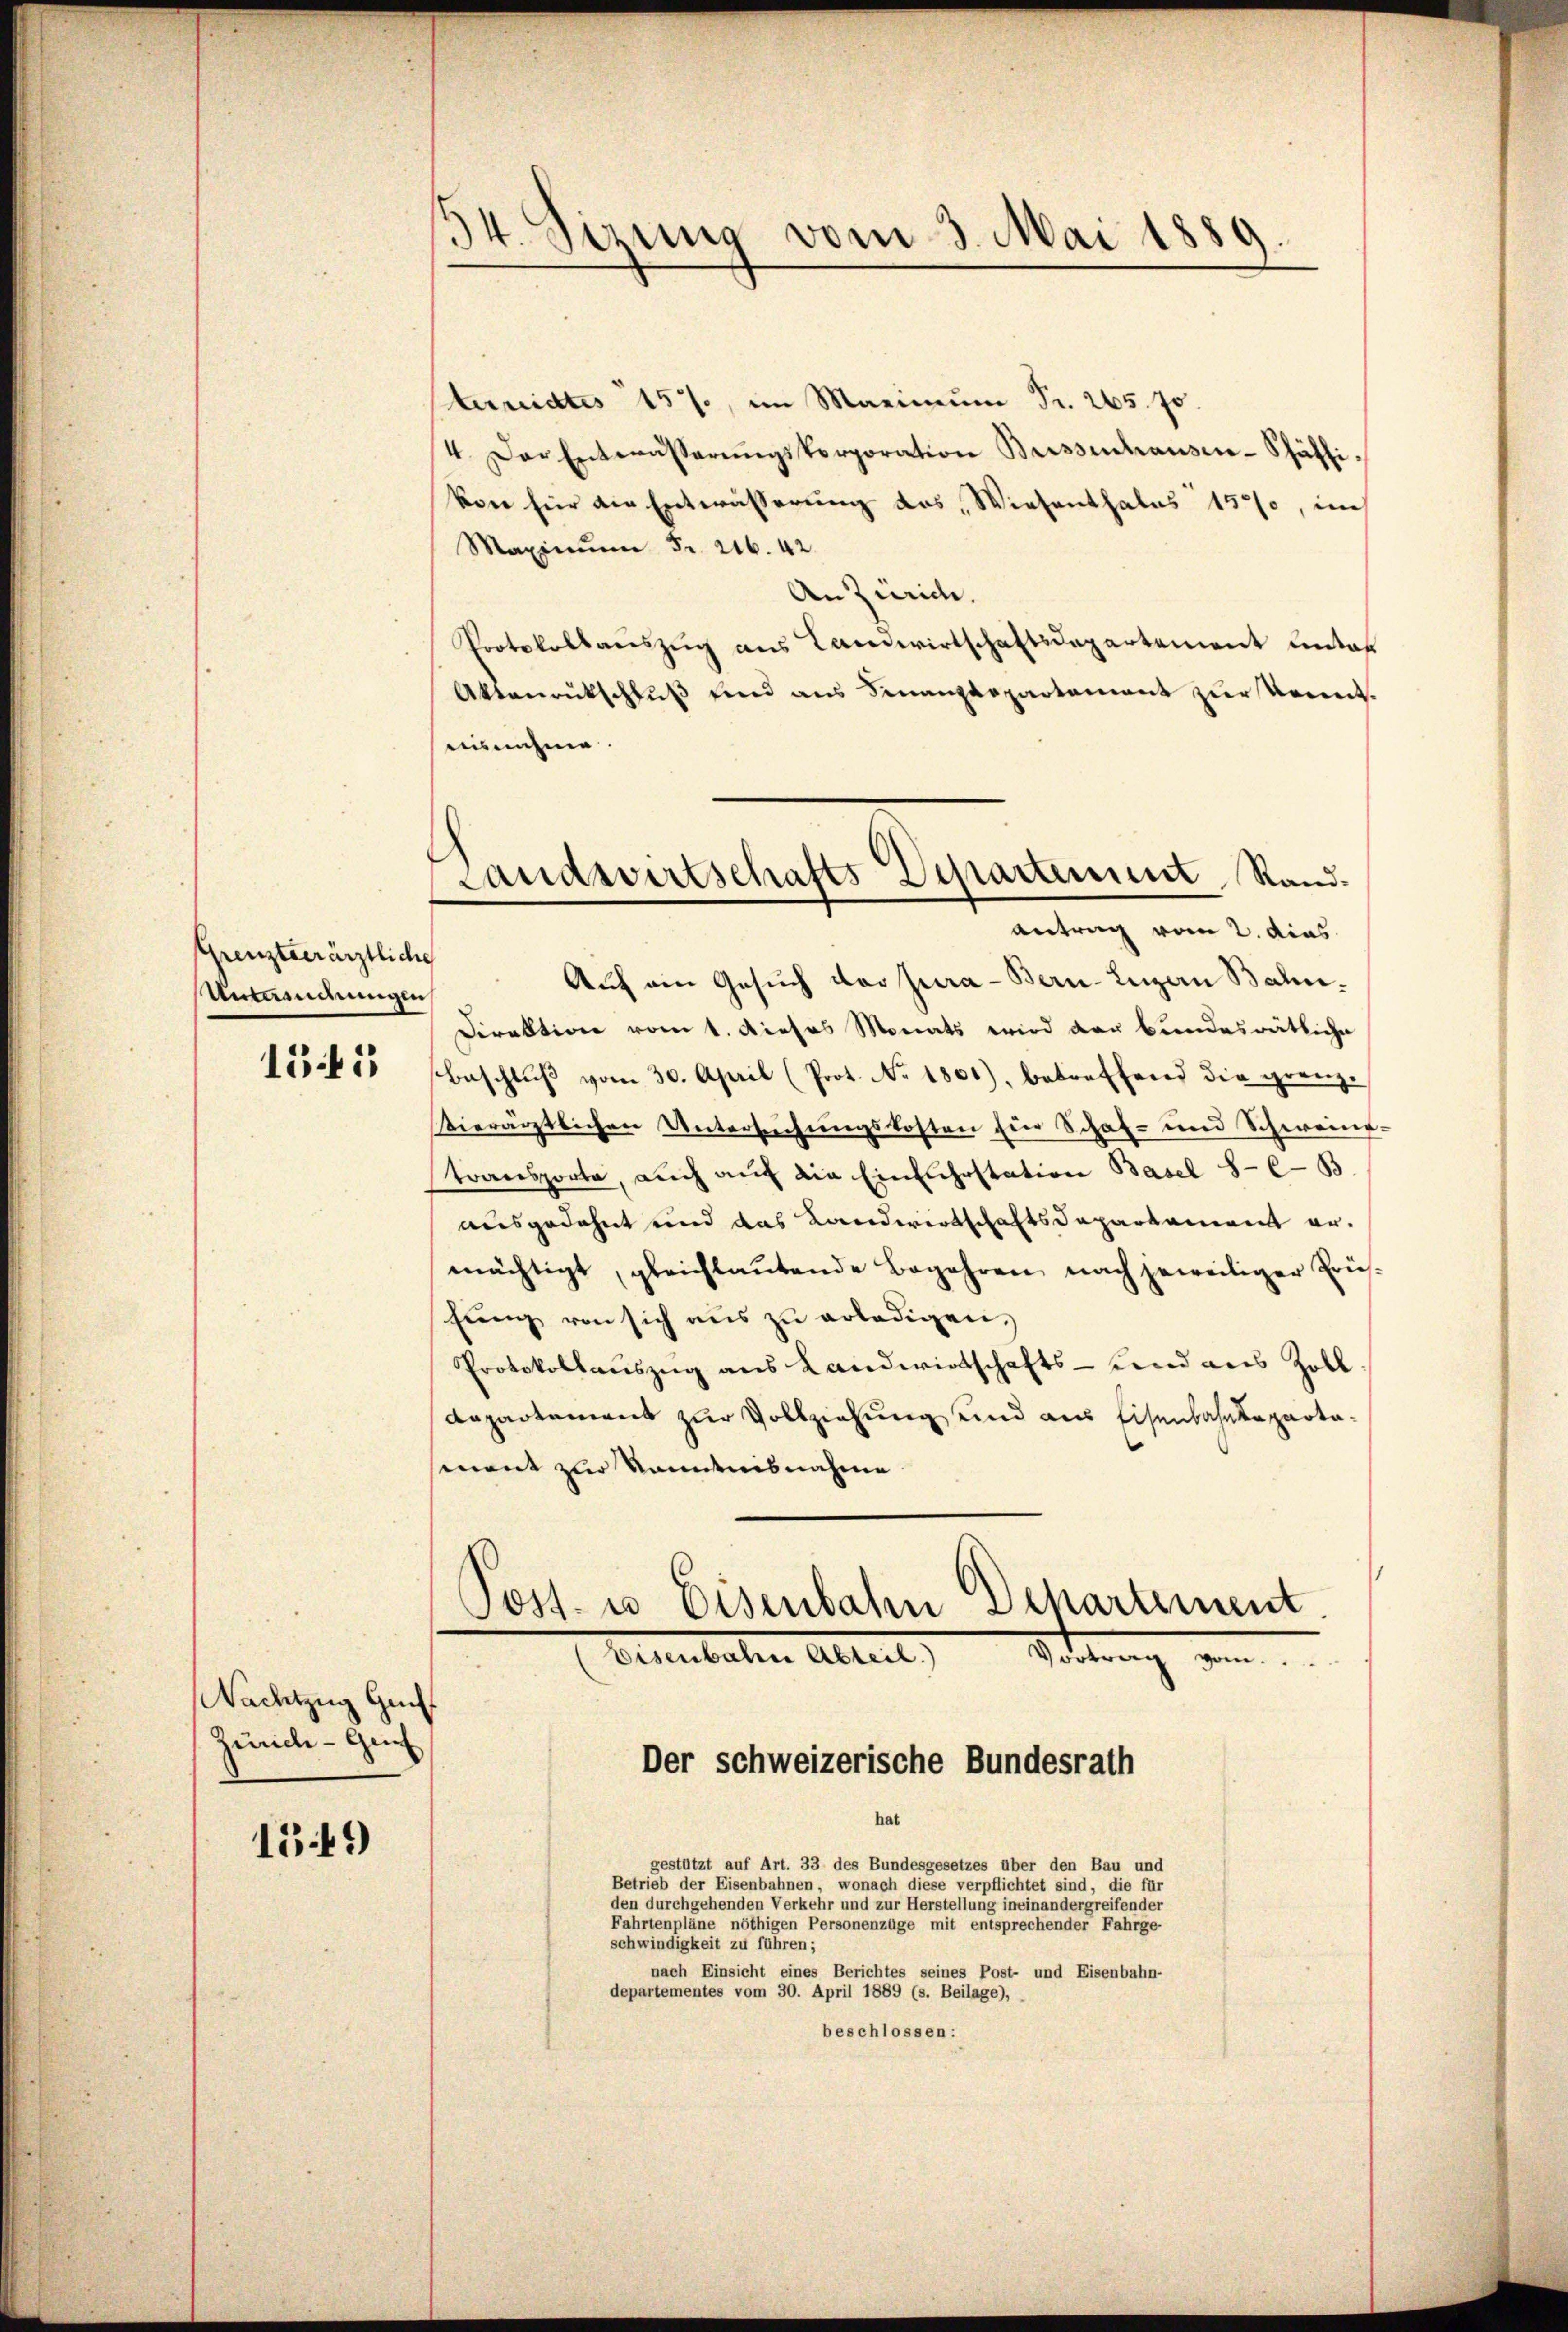
Grenzteerärztliche
Antaendnungen,

1541

Nachtzug Guh
Zürich - Guh

1.41)

54. Sizung vom 3. Mai 188
d
e

Landwirtschafts-Departement Randantrag vom 2. dies

terreidtes 157, im Maximŭm Fr. 265. 70.
4. Der Entwässerŭngskorporation Brissenhaŭsen-Schäfti
kon für die Entwässerung das, Wiesenthales 1520, ich
Maximum Fr. 216. 42.
An Zürich.
Protokollaŭszŭg ans Landwirtschaftsdepartement unter
Aktenrückschluß und aus Finanzdepartement zur Kennt.
ausnahme.
Auf ein Gesuch der Jura - Bern-Luzern Bahn¬
Direktion vom 1. Dieses Monats wird der bundesrätliche
Beschluß vom 30. April (Prot. No 1801), betreffend die grenzierärztlichen Untersŭchŭngskosten für Schaf- und Schweine.
transporte, auch aŭf die Einfuhrstation Basel 8-C-B.
ausgedehnt und das Landwirtschaftsdepartament ermächtigt, gleichlaŭtende Begehren nach jeweiliger Prüfung von sich aus zu erledigen,
Protokollauszug aus Landwirtschafts-Land aus Zoll
Dapartement zur Vollziehung und aus Eisenbahndepartament zur Kenntnisnahme

Post- u Eisenbahn Departement.
Ernenbachen Altert,
Scherung gen
Der schweizerische Bundesrath

gestützt auf Art. 33 des Bundesgesetzes über den Bau und
Betrieb der Eisenbahnen, wonach diese verpflichtet sind, die für
den durchgehenden Verkehr und zur Herstellung ineinandergreifender
Fahrtenpläne nöthigen Personenzüge mit entsprechender Fahrge-
schwindigkeit zu führen;
nach Einsicht eines Berichtes seines Post- und Eisenbahn-
departementes vom 30. April 1889 (s. Beilage),
beschlossen:

hat